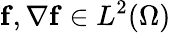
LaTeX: \mathbf{f},\nabla\mathbf{f}\in L^{2}(\Omega)